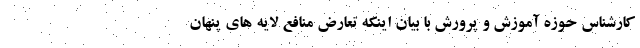
کارشناس حوزه آموزش و پرورش با بیان اینکه تعارض منافع لایه های پنهان